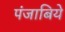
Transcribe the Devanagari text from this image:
पंजाबिये